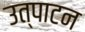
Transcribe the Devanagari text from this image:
उत्पाटन